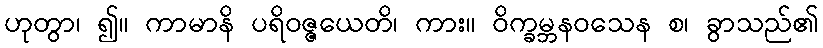
ဟုတွာ၊ ၍။ ကာမာနိ ပရိဝဇ္ဇယေတိ၊ ကား။ ဝိက္ခမ္ဘနဝသေန စ၊ ခွာသည်၏